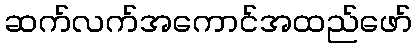
ဆက်လက်အကောင်အထည်ဖော်